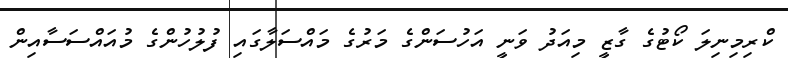
ކްރިމިނިލަ ކޯޓުގެ ގާޒީ މިއަދު ވަނީ އަހުސަންގެ މަރުގެ މައްސަލާގައި ފުލުހުންގެ މުއައްސަސާއިން